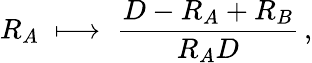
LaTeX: R_{A}\; \longmapsto\; {\frac{D-R_{A}+R_{B}}{R_{A}D}}\, ,